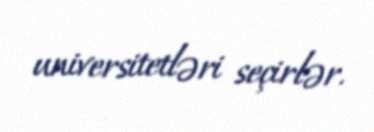
universitetləri seçirlər.